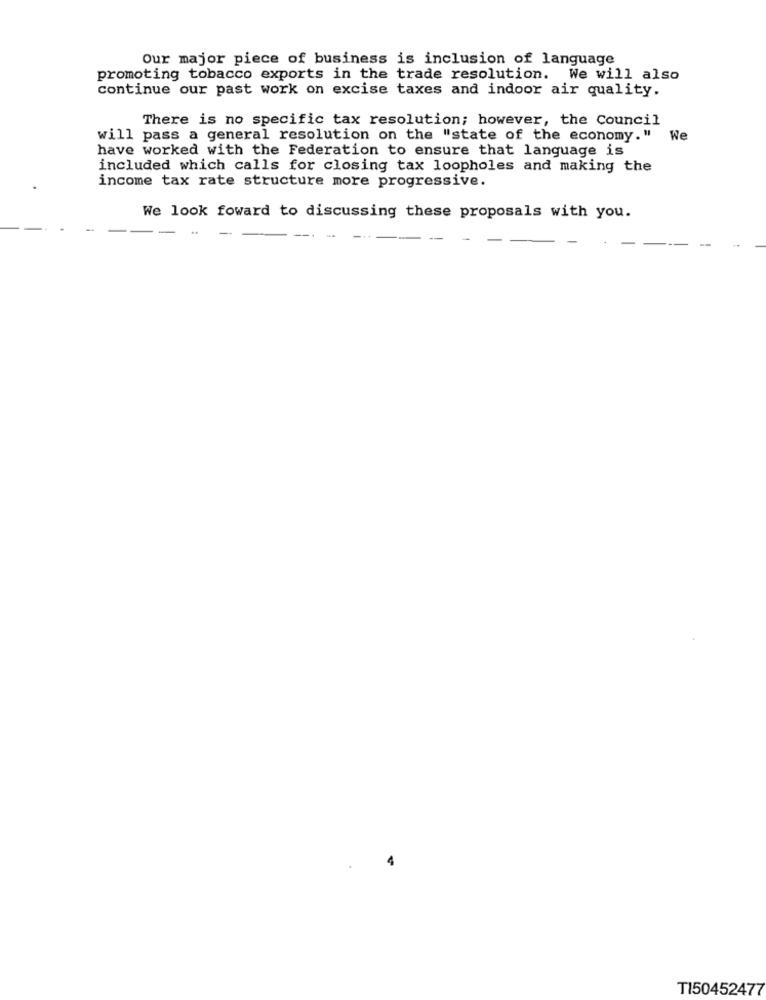
Our major piece of business is inclusion of language
promoting tobacco exports in the trade resolution. We will also
continue our past work on excise taxes and indoor air quality.
There is no specific tax resolution; however, the Council
will pass a general resolution on the "state of the economy." We
have worked with the Federation to ensure that language is
included which calls for closing tax loopholes and making the
income tax rate structure more progressive.
We look foward to discussing these proposals with you.
TI50452477